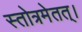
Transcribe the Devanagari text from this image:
स्तोत्रमेतत्।